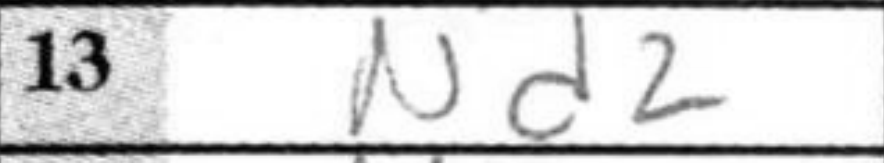
Transcription: Nd2